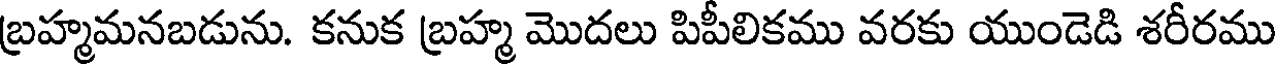
బ్రహ్మమనబడును. కనుక బ్రహ్మ మొదలు పిపీలికము వరకు యుండెడి శరీరము